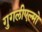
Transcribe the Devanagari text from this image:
गुगलीएल्मो